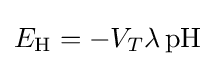
E_{\mathrm {H} }=-V_{T}\lambda \,{\mathrm {pH} }